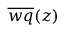
\overline { { w q } } ( z )